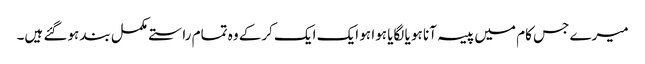
میرے جس کام میں پیسہ آنا ہو یا لگایا ہوا ہو ایک ایک کرکے وہ تمام راستے مکمل بند ہوگئے ہیں۔